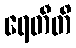
ရေတီတိ